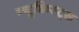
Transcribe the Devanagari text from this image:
न्यूक्विस्ट्स